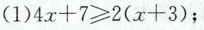
(1)$$4x+7\ge 2(x+3)$$；